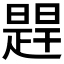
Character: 𬁔